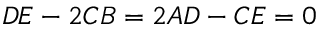
D E - 2 C B = 2 A D - C E = 0